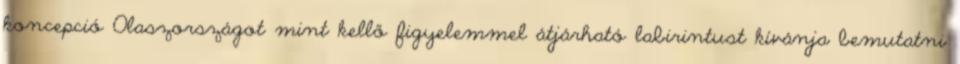
koncepció Olaszországot mint kellő figyelemmel átjárható labirintust kívánja bemutatni